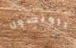
برونسون